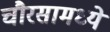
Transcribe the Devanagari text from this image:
चौरसामध्ये